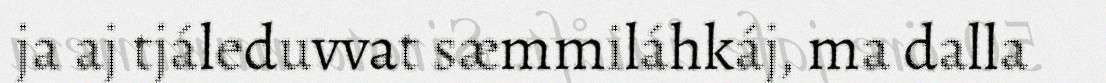
ja aj tjáleduvvat sæmmiláhkáj, ma dalla